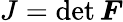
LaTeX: J=\operatorname*{det}{\boldsymbol{F}}